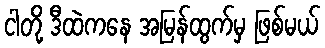
ငါတို့ ဒီထဲကနေ အမြန်ထွက်မှ ဖြစ်မယ်